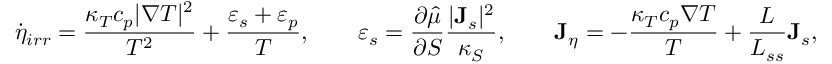
\dot { \eta } _ { i r r } = \frac { \kappa _ { T } c _ { p } | \nabla T | ^ { 2 } } { T ^ { 2 } } + \frac { \varepsilon _ { s } + \varepsilon _ { p } } { T } , \qquad \varepsilon _ { s } = \frac { \partial \hat { \mu } } { \partial S } \frac { | { \bf J } _ { s } | ^ { 2 } } { \kappa _ { S } } , \qquad { \bf J } _ { \eta } = - \frac { \kappa _ { T } c _ { p } \nabla T } { T } + \frac { L } { L _ { s s } } { \bf J } _ { s } ,